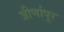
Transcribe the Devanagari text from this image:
जीर्णापूर